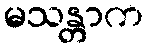
မသန္တာက